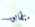
متطابق